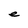
Character: e